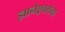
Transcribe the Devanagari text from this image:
ज्ञानेश्र्वरांचा